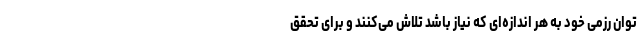
توان رزمی خود به هر اندازه‌ای که نیاز باشد تلاش می‌کنند و برای تحقق